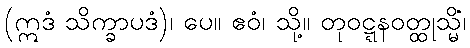
(ဣဒံ သိက္ခာပဒံ)၊ ပေ။ ဧဝံ၊ သို့။ တုဝဋ္ဋနဝတ္ထုသ္မိံ၊